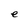
Character: e